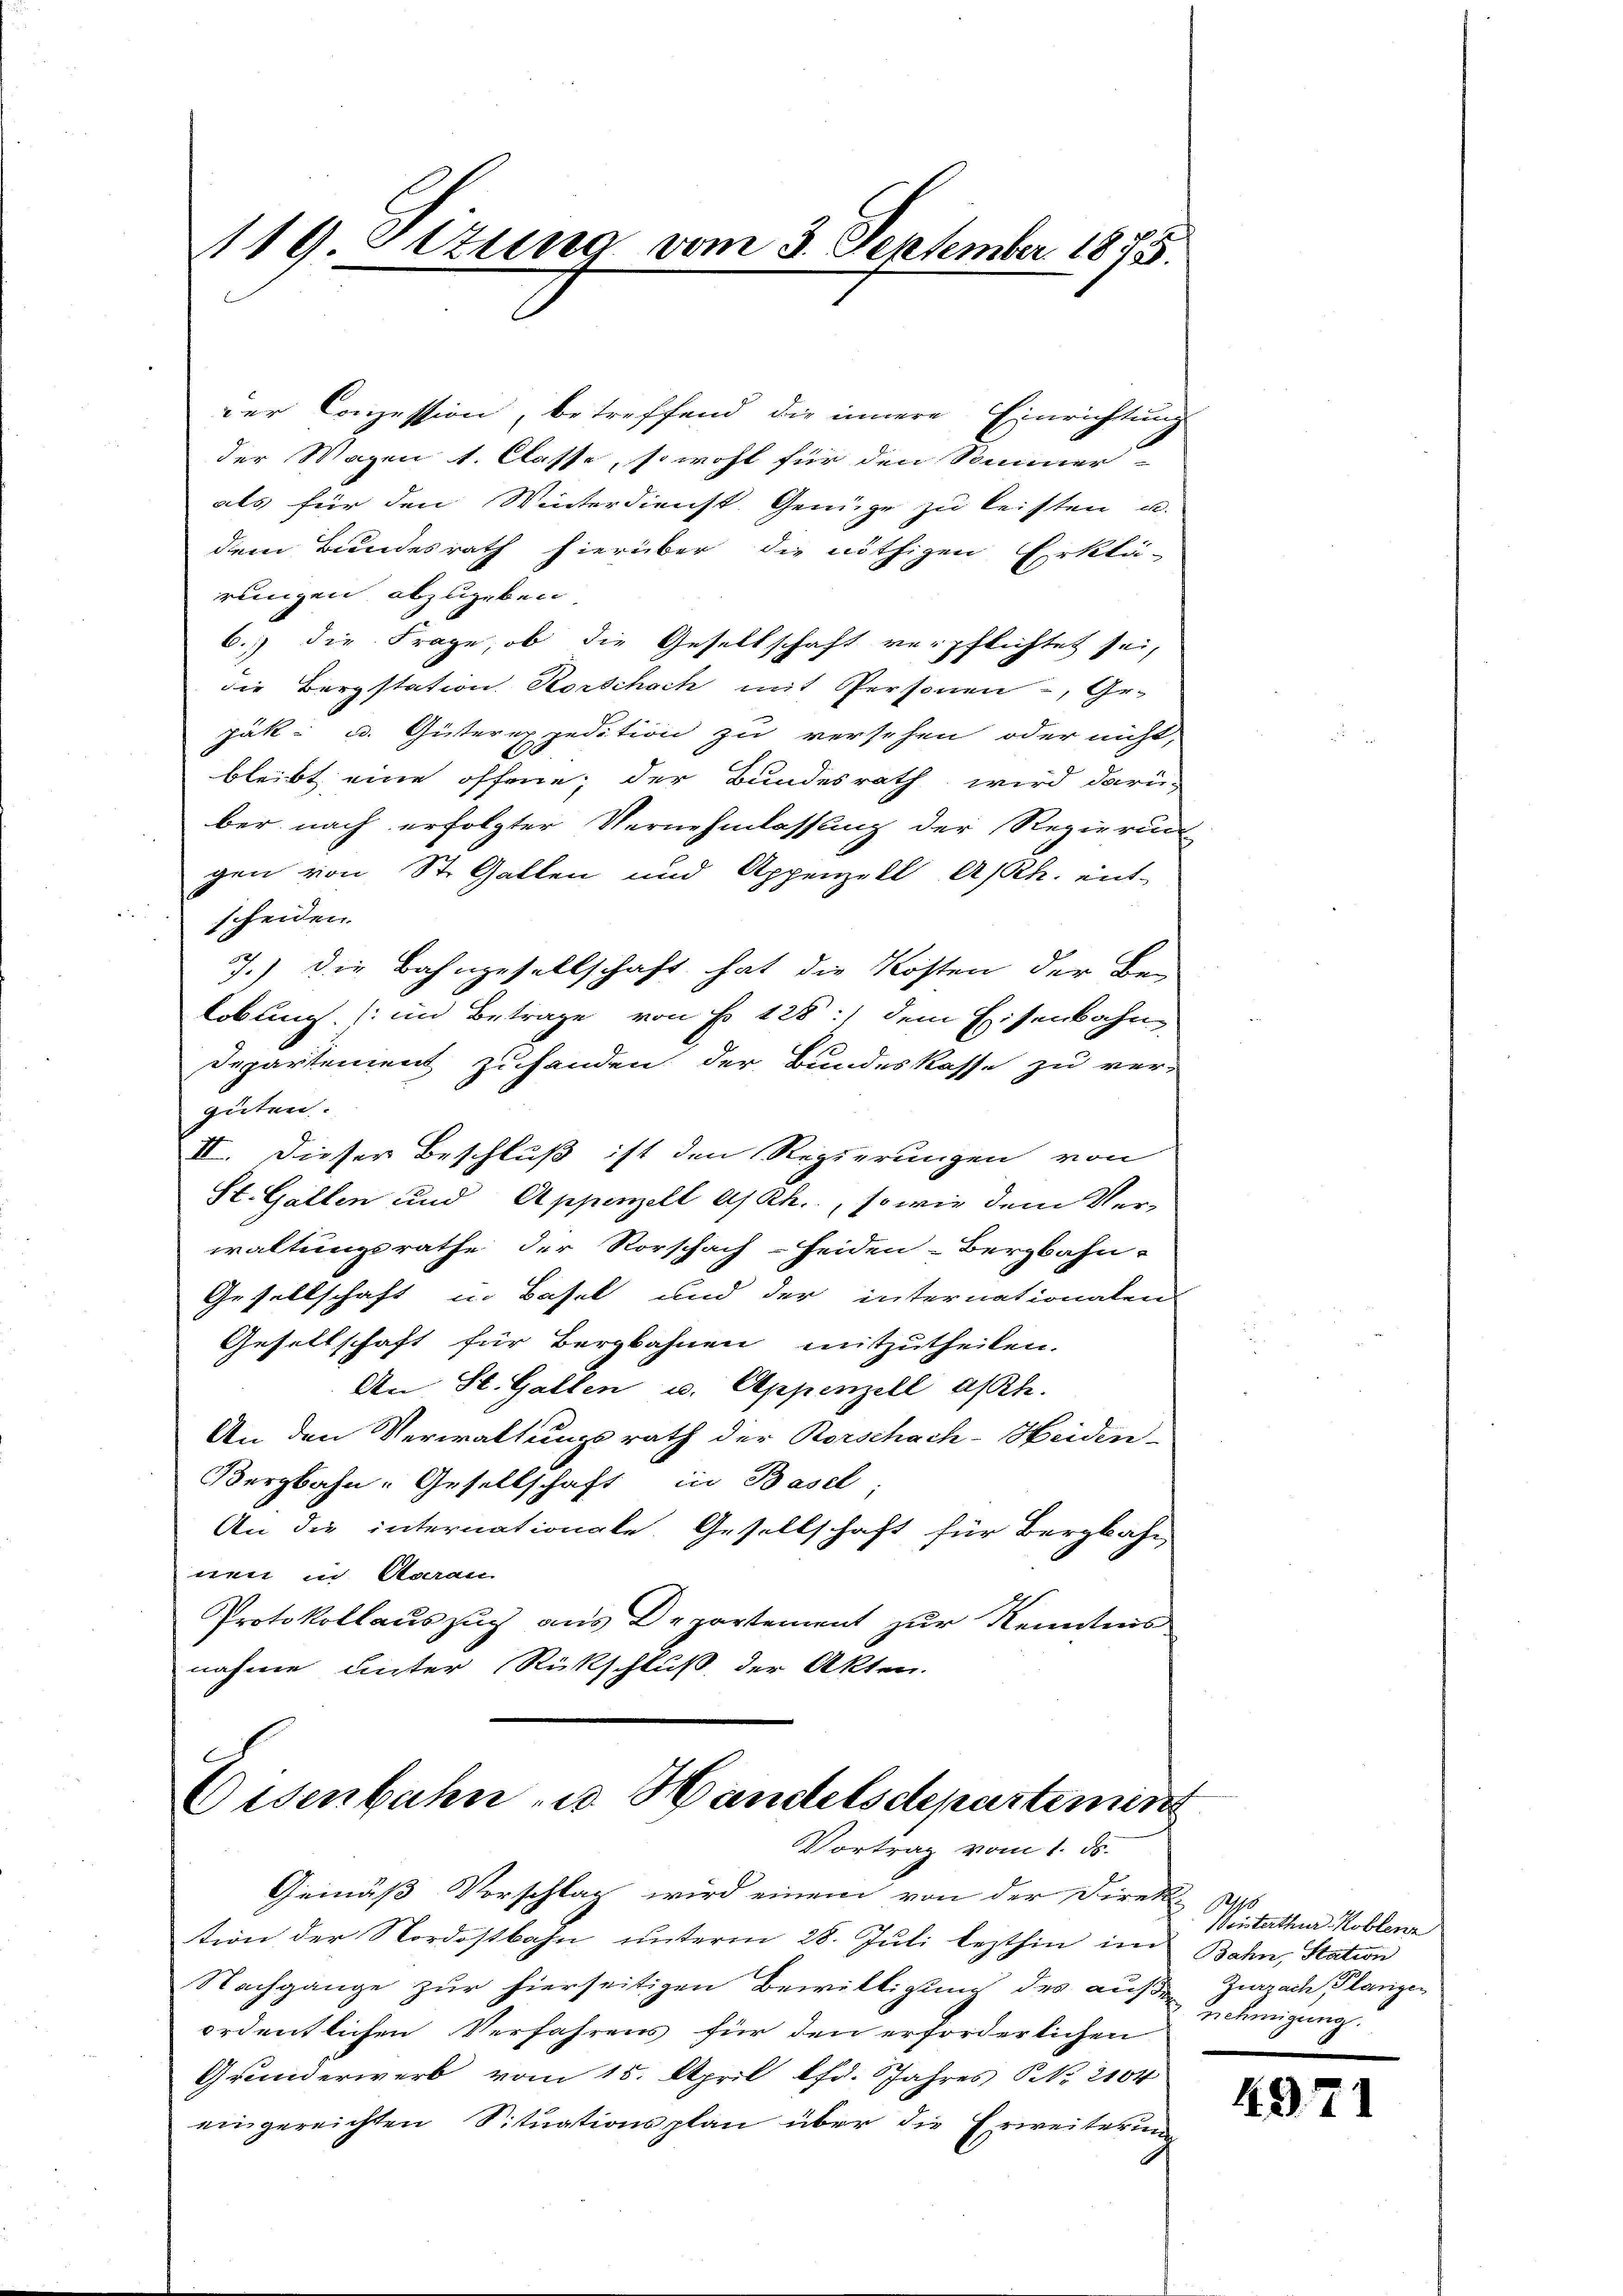
119. Ottung vom 3. September 1875.

der Conzession, betreffend die innere Einrichtung
der Wagen 1. Classe, sowohl für den Sommer
als für den Winterdienst. Genüge zu leisten u.
dem Bundesrath hierüber die nöthigen Erklä-
rungen abzugeben.
6.) die Frage, ob die Gesellschaft verpflichtet sei,
die Bergstation Horschach mit Personen, Gr.
päk- u. Güterexpedition zu versehen oder nicht,
bleibt eine offene, der Bundesrath wird darü-
ber nach erfolgter Vernehmlassung der Regierung
gen von St. Gallen und Appenzell A/Rh. ent-
scheiden.
7.) Die Bahngesellschaft hat die Kosten der Be-
lobung (im Betrage von No 128:) dem Eisenbahn
Departement zuhanden der Bundeskasse zu ver-
guten.
II. Dieser Beschluß ist den Regierungen von
St. Gallen und Appenzell A/Rh., so wie dem Ver-
waltungsrathe der Vorschach-Heiden-Bergbahn-
Gesellschaft in Basel und der internationalen
Gesellschaft für Bergbahnen mitzutheilen.
An St. Gallen u. Appenzell a/Rh.
An den Verwaltungsrath der Rorschach-Heiden-
Bergbahn-Gesellschaft in Basel;
An die internationale. Gesellschaft für Bergbahn
nen in Aarau
Protokollauszug aus Departement zur Kenntnis
nahme unter Rückschluß der Akten.

Eisenbahn u. Handelsdepustement
Vortrag vom 1. ds.

Gemäß Vorschlag wird einem von der Direkt de
tion der Nordostbahn unterm 28. Juli lezthin im Bahn, Station
Nachgange zur hierseitigen Bewilligung des aus Zurzach Planigen
ordentlichen Verfahrens für den erforderlichen
Grunderwerb vom 15. April lfd. Jahres No. 2104
eingereichten Situationsplan über die Erweiterung

Winterthur Koblenz
nehmigung.

49. 71